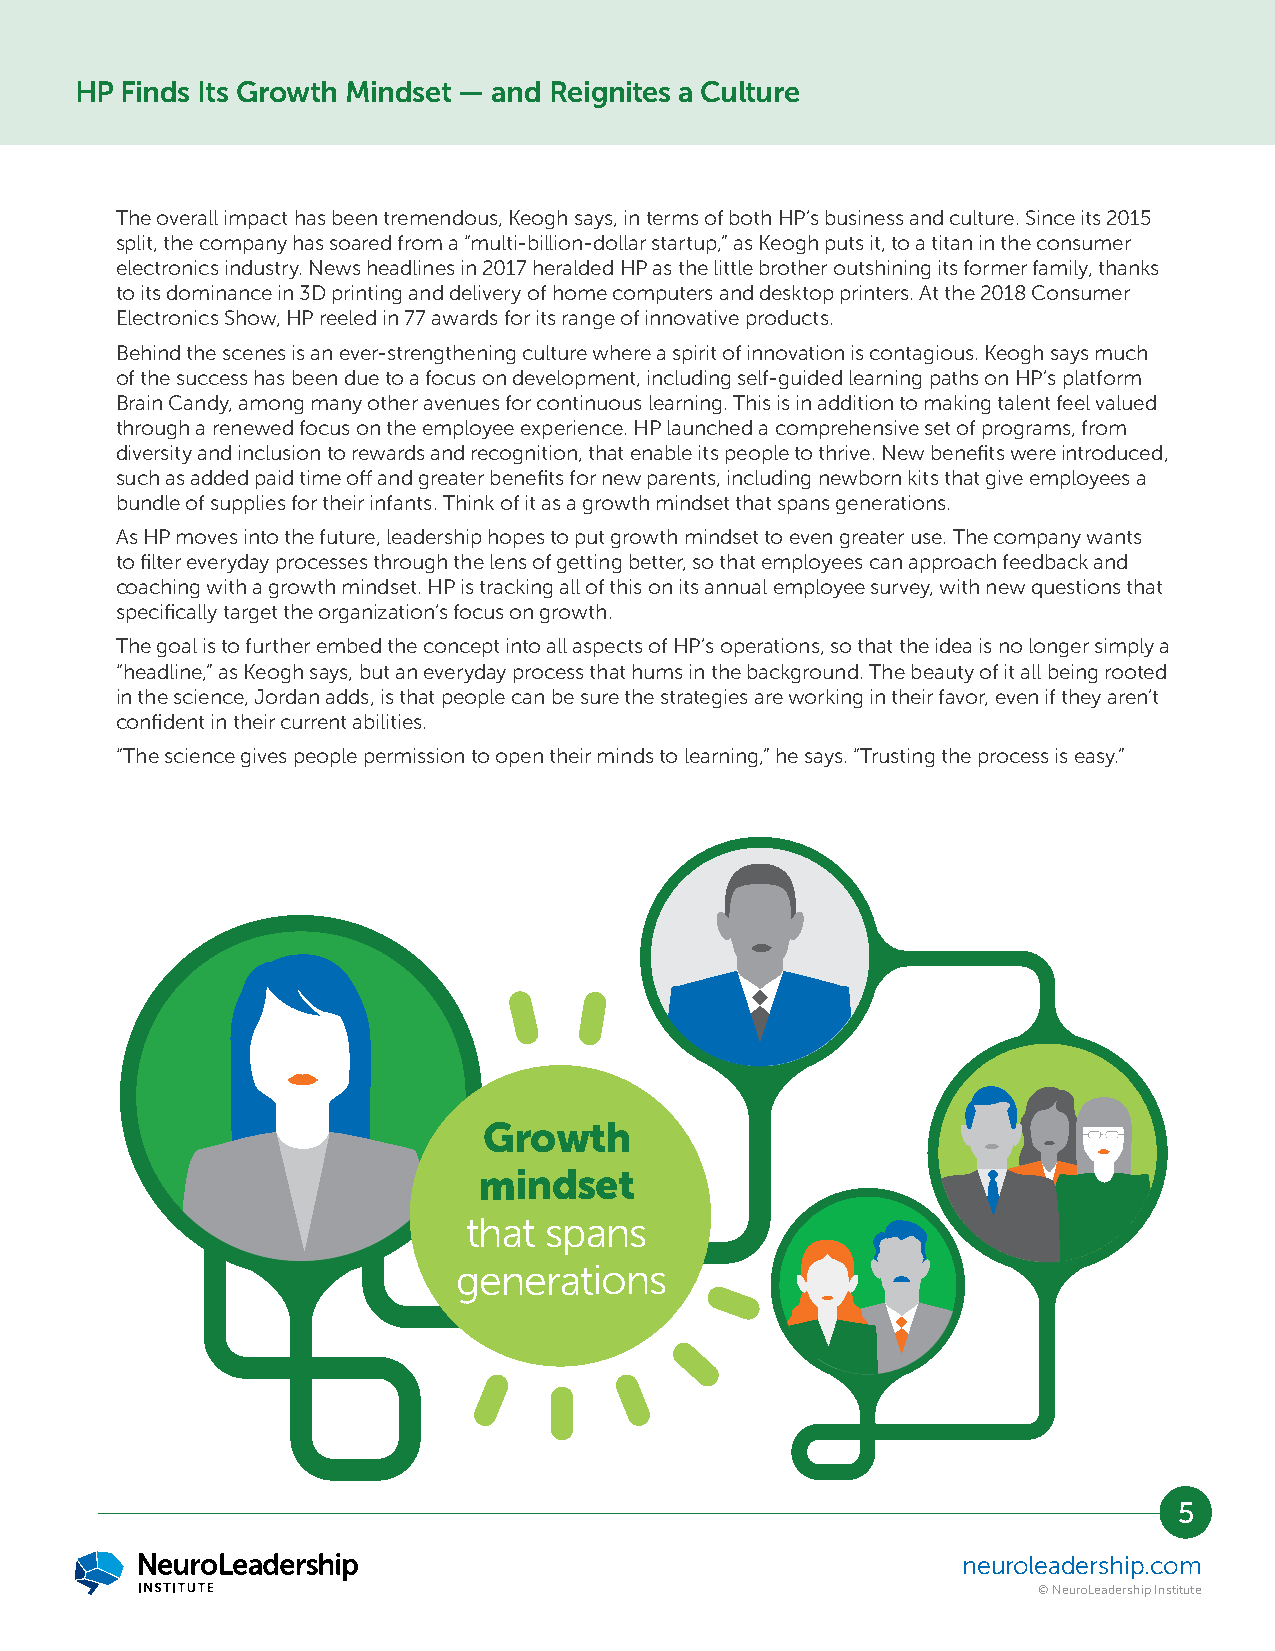
HP Finds Its Growth Mindset — and Reignites a Culture
 The overall impact has been tremendous, Keogh says, in terms of both HP’s business and culture. Since its 2015
 split, the company has soared from a “multi-billion-dollar startup,” as Keogh puts it, to a titan in the consumer
 electronics industry. News headlines in 2017 heralded HP as the little brother outshining its former family, thanks
 to its dominance in 3D printing and delivery of home computers and desktop printers. At the 2018 Consumer
 Electronics Show, HP reeled in 77 awards for its range of innovative products.
 Behind the scenes is an ever-strengthening culture where a spirit of innovation is contagious. Keogh says much
 of the success has been due to a focus on development, including self-guided learning paths on HP’s platform
 Brain Candy, among many other avenues for continuous learning. This is in addition to making talent feel valued
 through a renewed focus on the employee experience. HP launched a comprehensive set of programs, from
 diversity and inclusion to rewards and recognition, that enable its people to thrive. New benefits were introduced,
 such as added paid time off and greater benefits for new parents, including newborn kits that give employees a
 bundle of supplies for their infants. Think of it as a growth mindset that spans generations.
 As HP moves into the future, leadership hopes to put growth mindset to even greater use. The company wants
 to filter everyday processes through the lens of getting better, so that employees can approach feedback and
 coaching with a growth mindset. HP is tracking all of this on its annual employee survey, with new questions that
 specifically target the organization’s focus on growth.
 The goal is to further embed the concept into all aspects of HP’s operations, so that the idea is no longer simply a
 “headline,” as Keogh says, but an everyday process that hums in the background. The beauty of it all being rooted
 in the science, Jordan adds, is that people can be sure the strategies are working in their favor, even if they aren’t
 confident in their current abilities.
 “The science gives people permission to open their minds to learning,” he says. “Trusting the process is easy.”
 Growth
 mindset
 that spans
 generations
 5
 neuroleadership.com
 © NeuroLeadership Institute